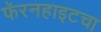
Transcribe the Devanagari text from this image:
फॅरनहाइटचा